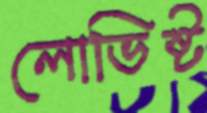
লোভিষ্ট